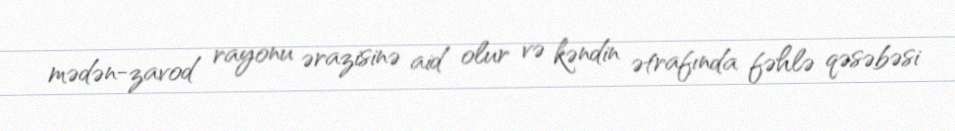
mədən-zavod rayonu ərazisinə aid olur və kəndin ətrafında fəhlə qəsəbəsi